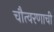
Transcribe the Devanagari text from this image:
चौत्वरणाची